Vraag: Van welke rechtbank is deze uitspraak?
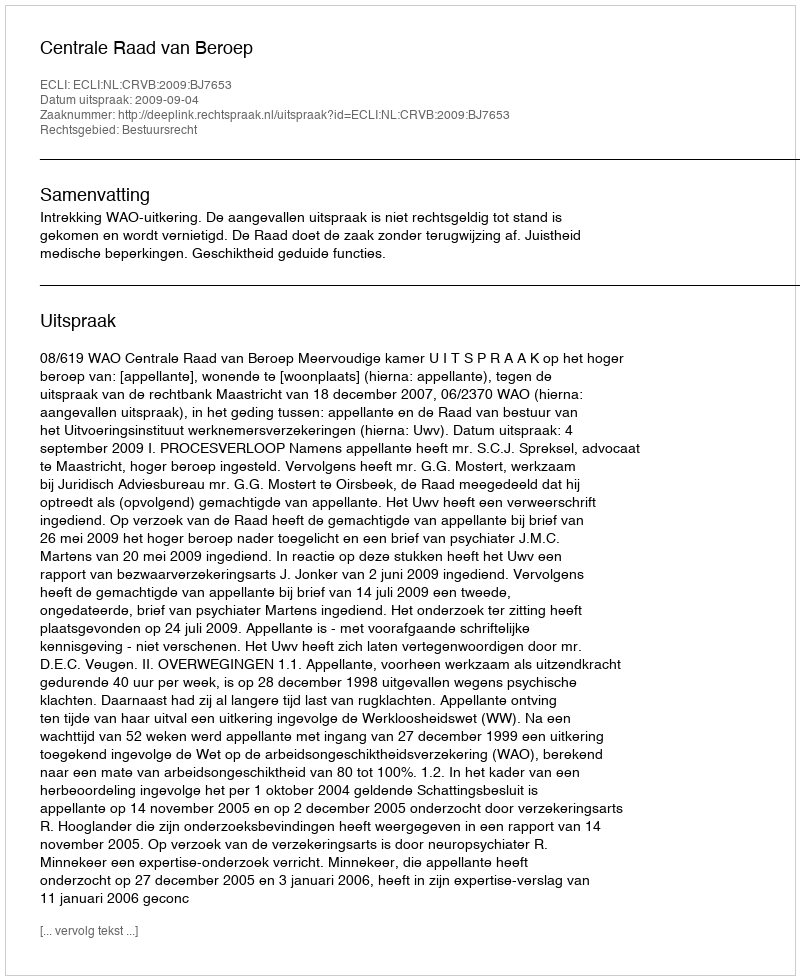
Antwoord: Centrale Raad van Beroep